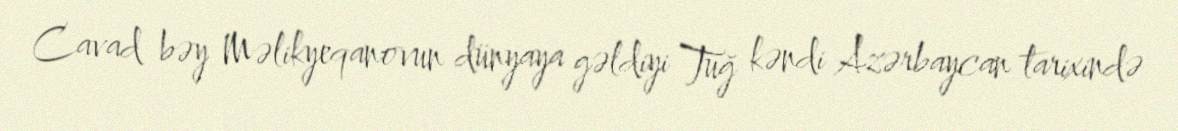
Cavad bəy Məlikyeqanovun dünyaya gəldiyi Tuğ kəndi Azərbaycan tarixində